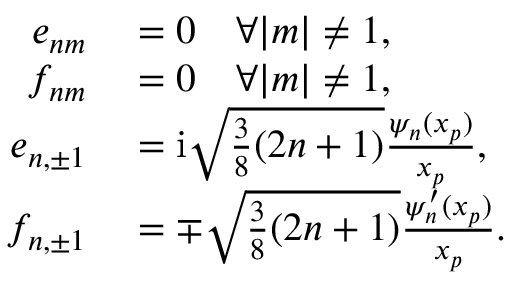
\begin{array} { r l } { e _ { n m } } & { { } = 0 \quad \forall | m | \neq 1 , } \\ { f _ { n m } } & { { } = 0 \quad \forall | m | \neq 1 , } \\ { e _ { n , \pm 1 } } & { { } = \mathrm { i } \sqrt { \frac { 3 } { 8 } ( 2 n + 1 ) } \frac { \psi _ { n } ( x _ { p } ) } { x _ { p } } , } \\ { f _ { n , \pm 1 } } & { { } = \mp \sqrt { \frac { 3 } { 8 } ( 2 n + 1 ) } \frac { \psi _ { n } ^ { \prime } ( x _ { p } ) } { x _ { p } } . } \end{array}